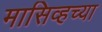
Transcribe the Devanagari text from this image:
मासिव्हच्या